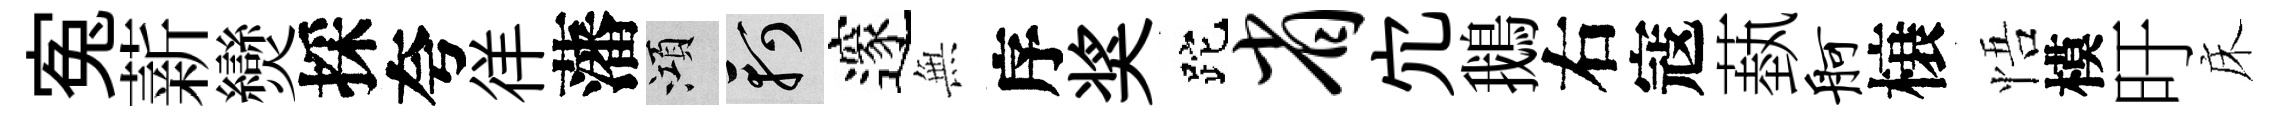
寃薪𤓖採夸徉藩澒軻邃𭴾序奖跎省宂鵝右寇蓺舸榱悟模旴床